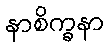
နာစိက္ခနာ